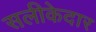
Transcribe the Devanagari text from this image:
सलीकेदार